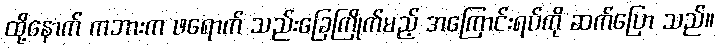
ထို့နောက် ကဘားက ဖရောက် သည်းခြေကြိုက်မည့် အကြောင်းရပ်ကို ဆက်ပြော သည်။